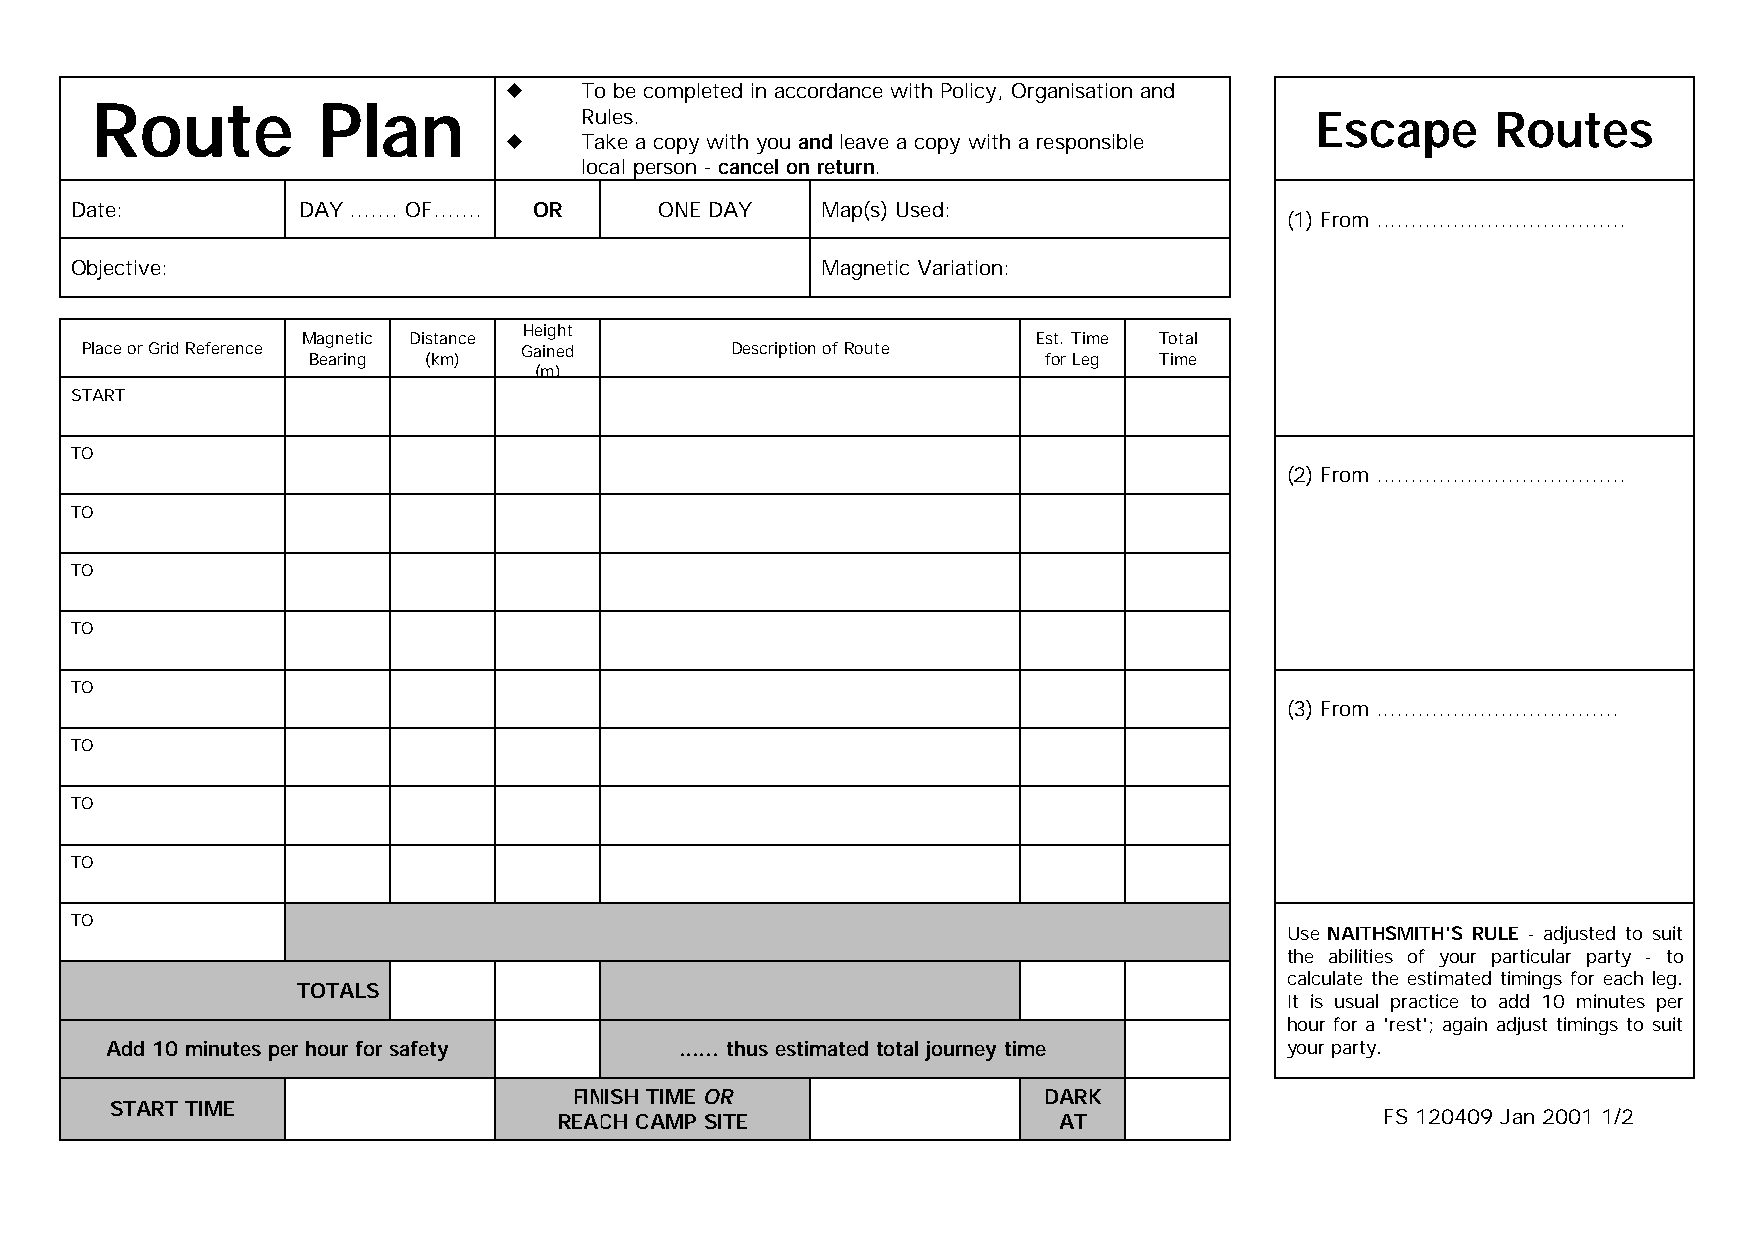
u   To be completed in accordance with Policy, Organisation and
 Route          Plan
 Rules.                                           Escape      Routes
 u   Take a copy with you and leave a copy with a responsible
 local person - cancel on return.
 Date:          DAY ....... OF....... OR ONE DAY  Map(s) Used:
 (1) From ....................................
 Objective:                                       Magnetic Variation:
 Height
 Magnetic Distance                                Est. Time Total
 Place or Grid Reference      Gained        Description of Route
 Bearing (km)                                     for Leg Time
 (m)
 START
 TO
 (2) From ....................................
 TO
 TO
 TO
 TO
 (3) From ...................................
 TO
 TO
 TO
 TO
 Use NAITHSMITH'S RULE - adjusted to suit
 the abilities of your particular party - to
 calculate the estimated timings for each leg.
 TOTALS
 It is usual practice to add 10 minutes per
 hour for a 'rest'; again adjust timings to suit
 Add 10 minutes per hour for safety    ...... thus estimated total journey time your party.
 FINISH TIME OR                 DARK
 START TIME
 REACH CAMP SITE                  AT                    FS 120409 Jan 2001 1/2